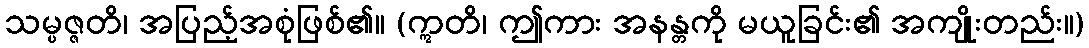
သမ္ပဇ္ဇတိ၊ အပြည့်အစုံဖြစ်၏။ (ဣတိ၊ ဤကား အနန္တကို မယူခြင်း၏ အကျိုးတည်း။)